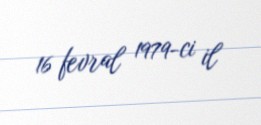
16 fevral 1979-ci il